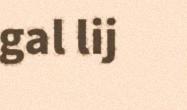
gal lij